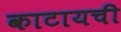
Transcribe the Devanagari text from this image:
काटायची